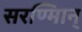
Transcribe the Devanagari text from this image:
सरण्मािन्‌